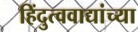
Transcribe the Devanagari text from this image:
हिंदुत्ववाद्यांच्या